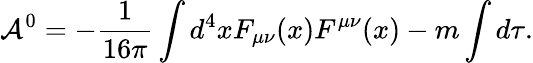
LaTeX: {\cal A}^{0}=-\frac{1}{16\pi}\int d^{4}xF_{\mu\nu}(x)F^{\mu\nu}(x)-m\int d\tau.